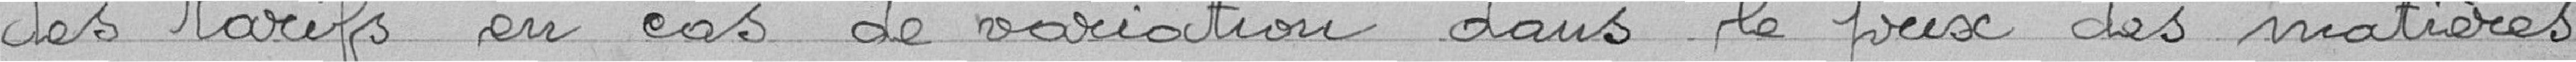
des tarifs en cas de variation dans le prix des matières